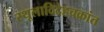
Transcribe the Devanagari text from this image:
स्थूलादिदेहचक्रांत